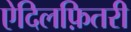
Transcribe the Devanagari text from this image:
ऐदिलफ़ितरी